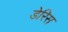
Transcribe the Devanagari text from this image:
डेरिस